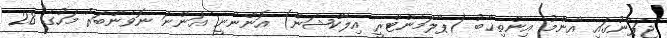
ޖަޕާނުގައި އާންމު އިންތިޚާބު (ޕާލަމެންޓްރީ އިލެކްޝަން) އޮންނާނީ އަންނަ ނޮވެންބަރު މަހުގެ 28